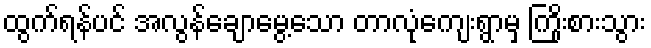
ထွက်ရန်ပင် အလွန်ချောမွေ့သော တာလုံကျေးရွာမှ ကြိုးစားသွား